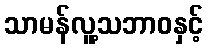
သာမန်လူ့သဘာဝနှင့်